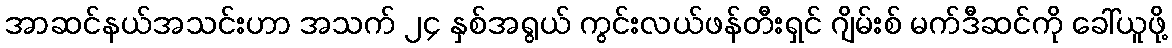
အာဆင်နယ်အသင်းဟာ အသက် ၂၄ နှစ်အရွယ် ကွင်းလယ်ဖန်တီးရှင် ဂျိမ်းစ် မက်ဒီဆင်ကို ခေါ်ယူဖို့